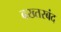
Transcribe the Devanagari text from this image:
बख्‍तरबंद